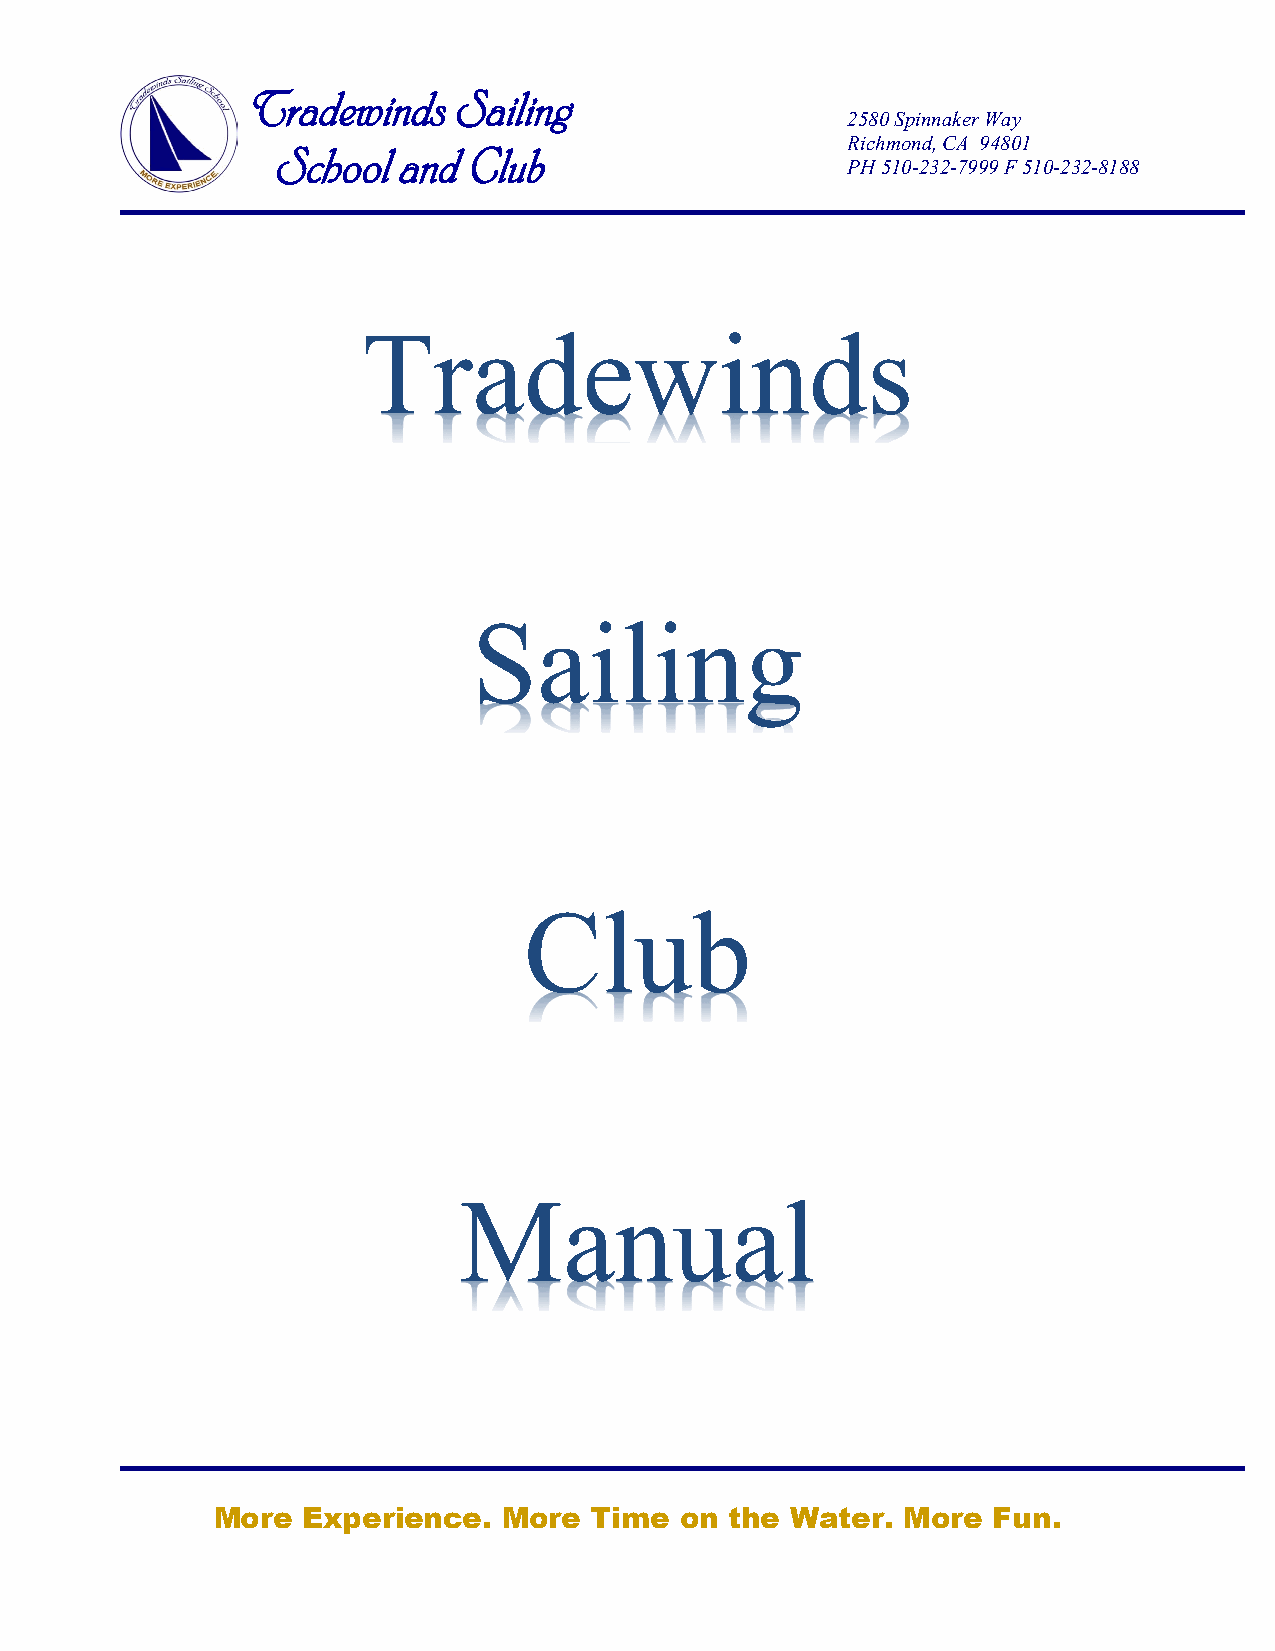
Tradewinds    Sailing
 2580 Spinnaker Way
 Richmond, CA 94801
 School  and  Club
 PH 510-232-7999 F 510-232-8188
 Tradewinds
 Sailing
 Club
 Manual
 More  Experience.  More  Time  on the Water.  More  Fun.